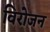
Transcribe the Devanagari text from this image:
विरोजन